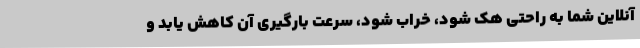
آنلاین شما به راحتی هک شود، خراب شود، سرعت بارگیری آن کاهش یابد و